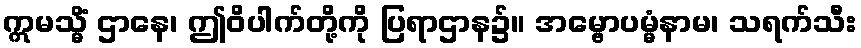
ဣမသ္မိံ ဌာနေ၊ ဤဝိပါက်တို့ကို ပြရာဌာန၌။ အမ္ဗောပမ္မံနာမ၊ သရက်သီး